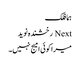
ہما فلک
Next رخشندہ نوید
میرا کوئی امیج نہیں۔